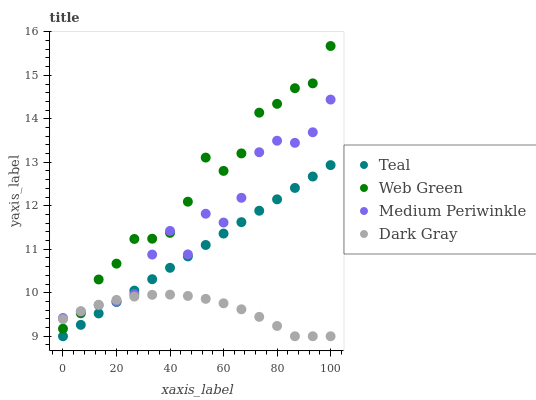
| xaxis_label | Teal | Web Green | Medium Periwinkle | Dark Gray |
 | --- | --- | --- | --- | --- |
 | 0 | 9 | 9.17 | 9.42 | 9.39 |
 | 6.67 | 9.26 | 9.53 | 9.57 | 9.58 |
 | 13.3 | 9.52 | 10.3 | 9.72 | 9.72 |
 | 20 | 9.79 | 10.7 | 9.8 | 9.84 |
 | 26.7 | 10 | 11.2 | 9.97 | 9.91 |
 | 33.3 | 10.3 | 11.2 | 10.9 | 9.95 |
 | 40 | 10.6 | 11.4 | 11.4 | 9.96 |
 | 46.7 | 10.8 | 12.1 | 10.9 | 9.93 |
 | 53.3 | 11.1 | 13.1 | 11.8 | 9.86 |
 | 60 | 11.4 | 12.8 | 11.6 | 9.76 |
 | 66.7 | 11.6 | 13.2 | 12.2 | 9.62 |
 | 73.3 | 11.9 | 14.1 | 13.2 | 9.45 |
 | 80 | 12.1 | 14.3 | 13.5 | 9.24 |
 | 86.7 | 12.4 | 14.7 | 13.4 | 9 |
 | 93.3 | 12.7 | 14.8 | 13.7 | 9 |
 | 100 | 12.9 | 15.7 | 14.4 | 9 |